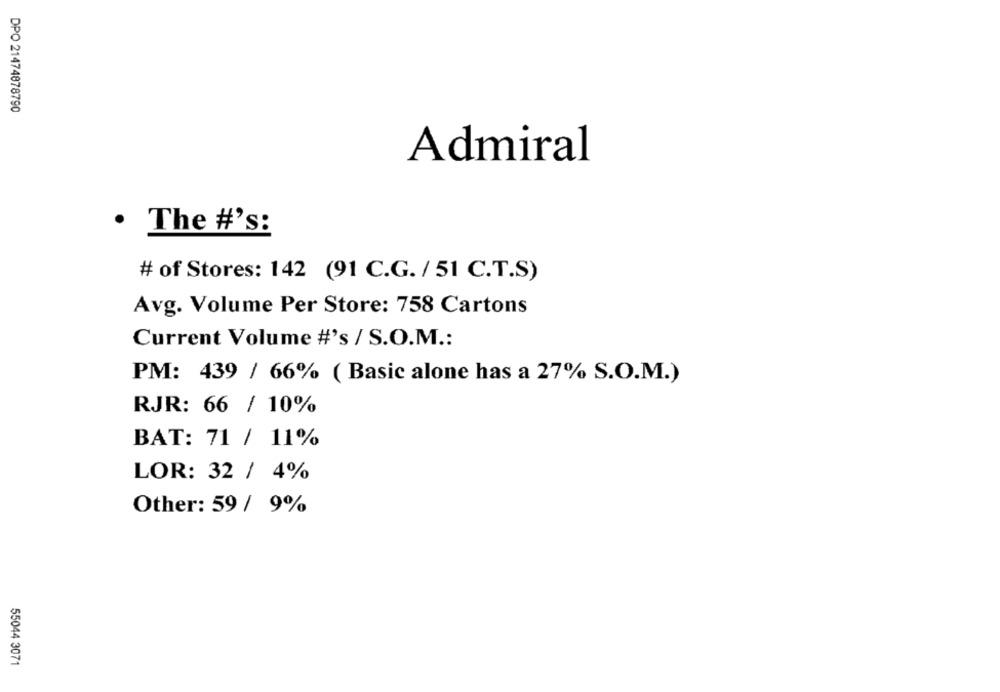
DPO 21474878790
Admiral
· The #'s:
# of Stores: 142 (91 C.G. / 51 C.T.S)
Avg. Volume Per Store: 758 Cartons
Current Volume #'s / S.O.M .:
PM: 439 / 66% ( Basic alone has a 27% S.O.M.)
RJR: 66 / 10%
BAT: 71 / 11%
LOR: 32 / 4%
Other: 59 / 9%
55044 3071